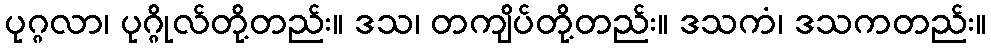
ပုဂ္ဂလာ၊ ပုဂ္ဂိုလ်တို့တည်း။ ဒသ၊ တကျိပ်တို့တည်း။ ဒသကံ၊ ဒသကတည်း။